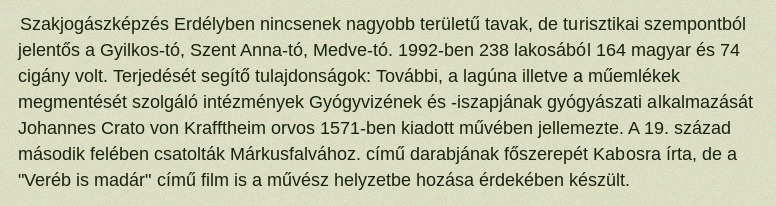
Szakjogászképzés Erdélyben nincsenek nagyobb területű tavak, de turisztikai szempontból jelentős a Gyilkos-tó, Szent Anna-tó, Medve-tó. 1992-ben 238 lakosából 164 magyar és 74 cigány volt. Terjedését segítő tulajdonságok: További, a lagúna illetve a műemlékek megmentését szolgáló intézmények Gyógyvizének és -iszapjának gyógyászati alkalmazását Johannes Crato von Krafftheim orvos 1571-ben kiadott művében jellemezte. A 19. század második felében csatolták Márkusfalvához. című darabjának főszerepét Kabosra írta, de a "Veréb is madár" című film is a művész helyzetbe hozása érdekében készült.